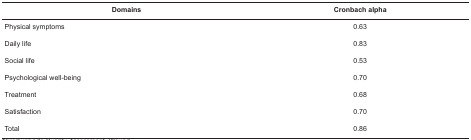
<table><thead><tr><td><b>Domains</b></td><td><b>Cronbach alpha</b></td></tr></thead><tbody><tr><td>Physical symptoms </td><td>0.63</td></tr><tr><td>Daily life </td><td>0.83</td></tr><tr><td>Social life </td><td>0.53</td></tr><tr><td>Psychological well-being </td><td>0.70</td></tr><tr><td>Treatment </td><td>0.68</td></tr><tr><td>Satisfaction </td><td>0.70</td></tr><tr><td>Total</td><td>0.86</td></tr></tbody></table>